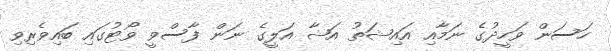
ހަސަން ވަހީދުގެ ނަމާއި އައިޝަތު އަޝާ އަލީގެ ނަން ފާސްވީ ވޯޓުގައި ބައިވެރިވި